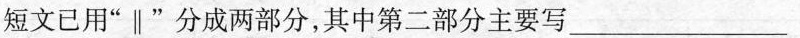
短文已用”∥”分成两部分，其中第二部分主要写___